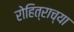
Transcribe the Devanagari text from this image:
रोहित्राच्या